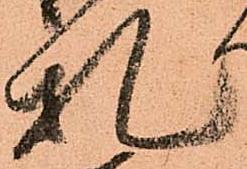
札